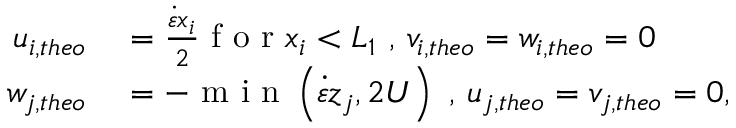
\begin{array} { r l } { u _ { i , t h e o } } & { { } = \frac { \dot { \varepsilon } x _ { i } } { 2 } \mathrm { ~ f ~ o ~ r ~ } x _ { i } < L _ { 1 } \mathrm { ~ , ~ } v _ { i , t h e o } = w _ { i , t h e o } = 0 } \\ { w _ { j , t h e o } } & { { } = - \mathrm { ~ m ~ i ~ n ~ } \left( \dot { \varepsilon } z _ { j } , 2 U \right) \mathrm { ~ , ~ } u _ { j , t h e o } = v _ { j , t h e o } = 0 , } \end{array}